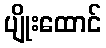
ပျိုးထောင်